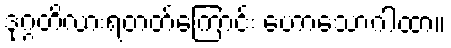
ဒုဂ္ဂတိလားရတတ်ကြောင်း ဟောသောဂါထာ။